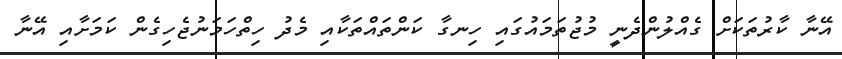
އޭނާ ކާރުތަކަށް ގެއްލުންދެނީ މުޖުތަމައުގައި ހިނގާ ކަންތައްތަކާއި މެދު ހިތްހަމަނުޖެހިގެން ކަމަށާއި އޭނާ